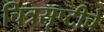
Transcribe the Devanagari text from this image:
चित्रसृष्टीचे